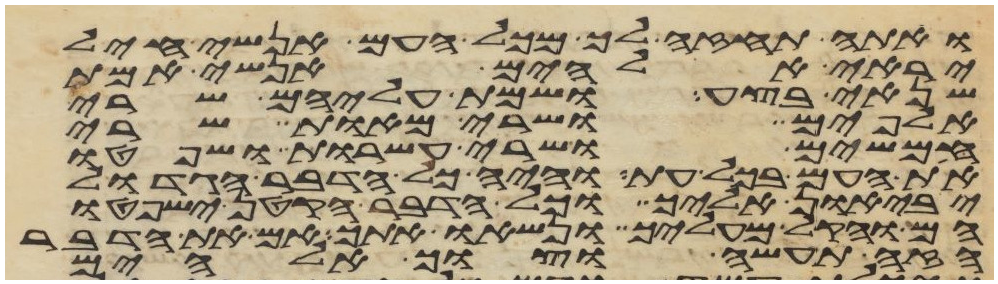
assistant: ואתה תחזה לך מכל העם אנשי חיל
יראי אלהים אנשי אמת
שנאי בצע ושמת עליהם שרי
אלפים ושרי מאות שרי
חמשים ושרי עשרות ושפטו
את העם בכל עת והיה כל הדבר הגדול
יביאון אליך וכל הדבר הקטן ישפטו
הם והקל מעליך ונשאו אתך אם את הדבר
הזה תעשה וצוך אלהים